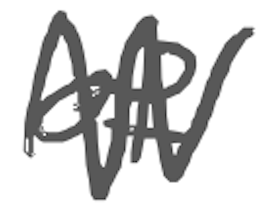
Text: of
Cross-out: mix
Writing tool: digital_gray